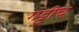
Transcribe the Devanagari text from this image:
गट्टीच